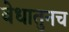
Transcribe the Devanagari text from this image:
वेधातुनच